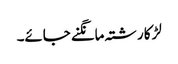
لڑکا رشتہ مانگنے جائے۔